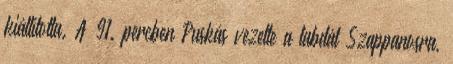
kiállította. A 91. percben Puskás vezette a labdát Szappanosra,